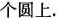
个圆上。